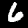
Label: 6